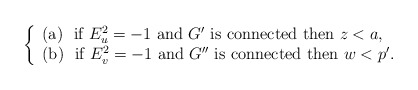
\begin{align*}\left\{ \begin{array}{l}\mbox{(a) \ if $E_u^2=-1$ and $G'$ is connected then $z<a$}, \\ \mbox{(b) \ if $E_v^2=-1$ and $G''$ is connected then $w<p'$}. \end{array}\right.\end{align*}